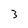
Character: 3